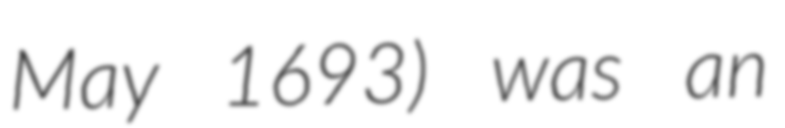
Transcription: May 1693) was an